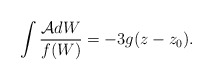
\begin{align*}\int\frac{\mathcal{A}dW}{f(W)}=-3g(z-z_{0}).\end{align*}